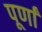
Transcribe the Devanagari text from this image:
पूर्णां